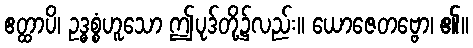
ဧတ္ထာပိ၊ ဥဒ္ဓစ္စံဟူသော ဤပုဒ်တို့၌လည်း။ ယောဇေတဗ္ဗော၊ ၏။